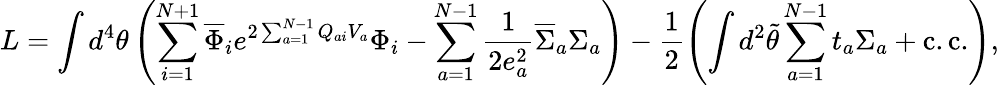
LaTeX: L=\int d^{4}\theta\left(\sum_{i=1}^{N+1}\overline{{{\Phi}}}_{i}e^{2\sum_{a=1}^{N-1}Q_{ai}V_{a}}\Phi_{i}-\sum_{a=1}^{N-1}\frac{1}{2e_{a}^{2}}\overline{{{\Sigma}}}_{a}\Sigma_{a}\right)-\frac{1}{2}\left(\int d^{2}\widetilde{\theta}\sum_{a=1}^{N-1}t_{a}\Sigma_{a}+\mathrm{c.c.}\right),